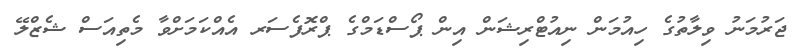
ޖަރުމަނު ވިލާތުގެ ހިއުމަން ނިއުޓްރިޝަން އިން ޕޯސްޑަމްގެ ޕްރޮފެސަރ އެއްކަމަށްވާ މެތިއަސް ޝެޒްލޭ